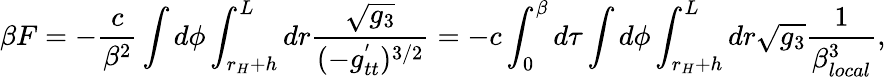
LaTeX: \beta F=-\frac{c}{\beta^{2}}\int d\phi\int_{r_{H}+h}^{L}dr\frac{\sqrt{g_{3}}}{(-g_{tt}^{'})^{3/2}}=-c\int_{0}^{\beta}d\tau\int d\phi\int_{r_{H}+h}^{L}dr\sqrt{g_{3}}\frac{1}{\beta_{local}^{3}},